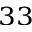
^ { 3 3 }